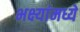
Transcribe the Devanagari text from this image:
भक्ष्यांमध्ये